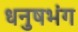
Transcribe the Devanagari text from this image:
धनुषभंग